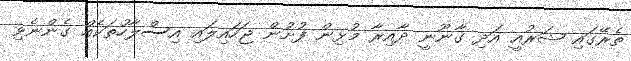
ތެރޭގައި ޝަރުއީ އަދި ގާނޫނީ ދާއިރާ މުޅިން ފުށުން ޖަހައިލައި އިސްލާހުތަކެއް ގެންނެވި